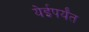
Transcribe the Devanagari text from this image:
येईपर्यँत